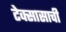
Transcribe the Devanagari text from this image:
टेक्सासाची